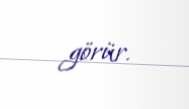
görür.